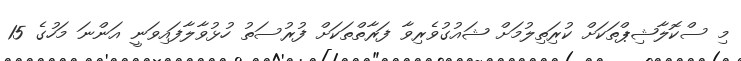
މި ސްކޮލާޝިޕްތަކަށް ކުރިަތިލުމަށް ޝައުގުވެރިވާ ފަރާތްތަކަށް ފުރުސަތު ހުޅުވާލާފައިވަނީ އަންނަ މަހުގެ 15